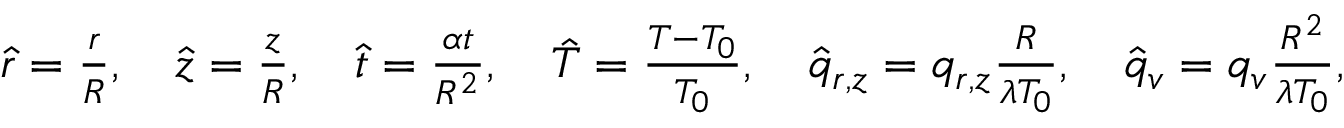
\begin{array} { r } { \hat { r } = \frac { r } { R } , \quad \hat { z } = \frac { z } { R } , \quad \hat { t } = \frac { \alpha t } { R ^ { 2 } } , \quad \hat { T } = \frac { T - T _ { 0 } } { T _ { 0 } } , \quad \hat { q } _ { r , z } = q _ { r , z } \frac { R } { \lambda T _ { 0 } } , \quad \hat { q } _ { v } = q _ { v } \frac { R ^ { 2 } } { \lambda T _ { 0 } } , } \end{array}